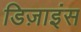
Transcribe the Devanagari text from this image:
डिज़ाइंस